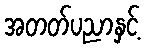
အတတ်ပညာနှင့်